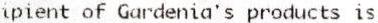
IPIENT OF GARDENIA'S PRODUCTS IS